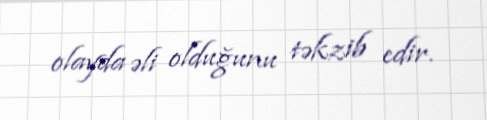
olayda əli olduğunu təkzib edir.